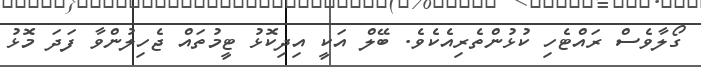
ގޯލާވެސް ރައްޓެހި ކުޅުންތެރިއެކެވެ. ބޭލް އަކީ އިދިކޮޅު ޓީމުތައް ޖެހިލުންވާ ފަދަ މޮޅު